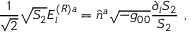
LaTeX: { \frac { 1 } { \sqrt { 2 } } } \sqrt { S _ { 2 } } E _ { i } ^ { ( R ) a } = \hat { n } ^ { a } \sqrt { - g _ { 0 0 } } { \frac { \partial _ { i } S _ { 2 } } { S _ { 2 } } } \ ,